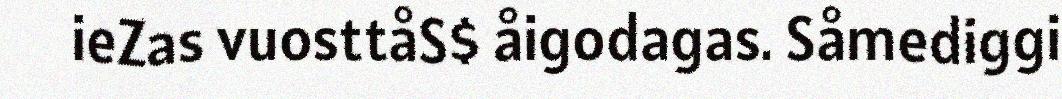
ieZas vuosttåS$ åigodagas. Såmediggi